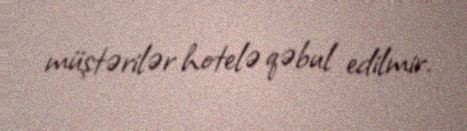
müştərilər hotelə qəbul edilmir.